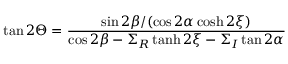
\tan 2 \Theta = \frac { \sin 2 \beta / ( \cos 2 \alpha \cosh 2 \xi ) } { \cos 2 \beta - \Sigma _ { R } \operatorname { t a n h } 2 \xi - \Sigma _ { I } \tan 2 \alpha }